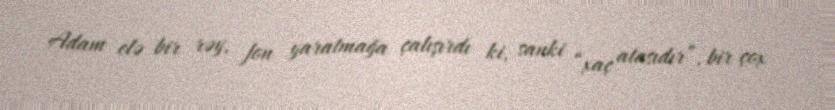
Adam elə bir rəy, fon yaratmağa çalışırdı ki, sanki “xaç atasıdır”, bir çox